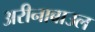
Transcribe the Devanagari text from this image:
अरीनाबाउल